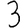
Digit: 3